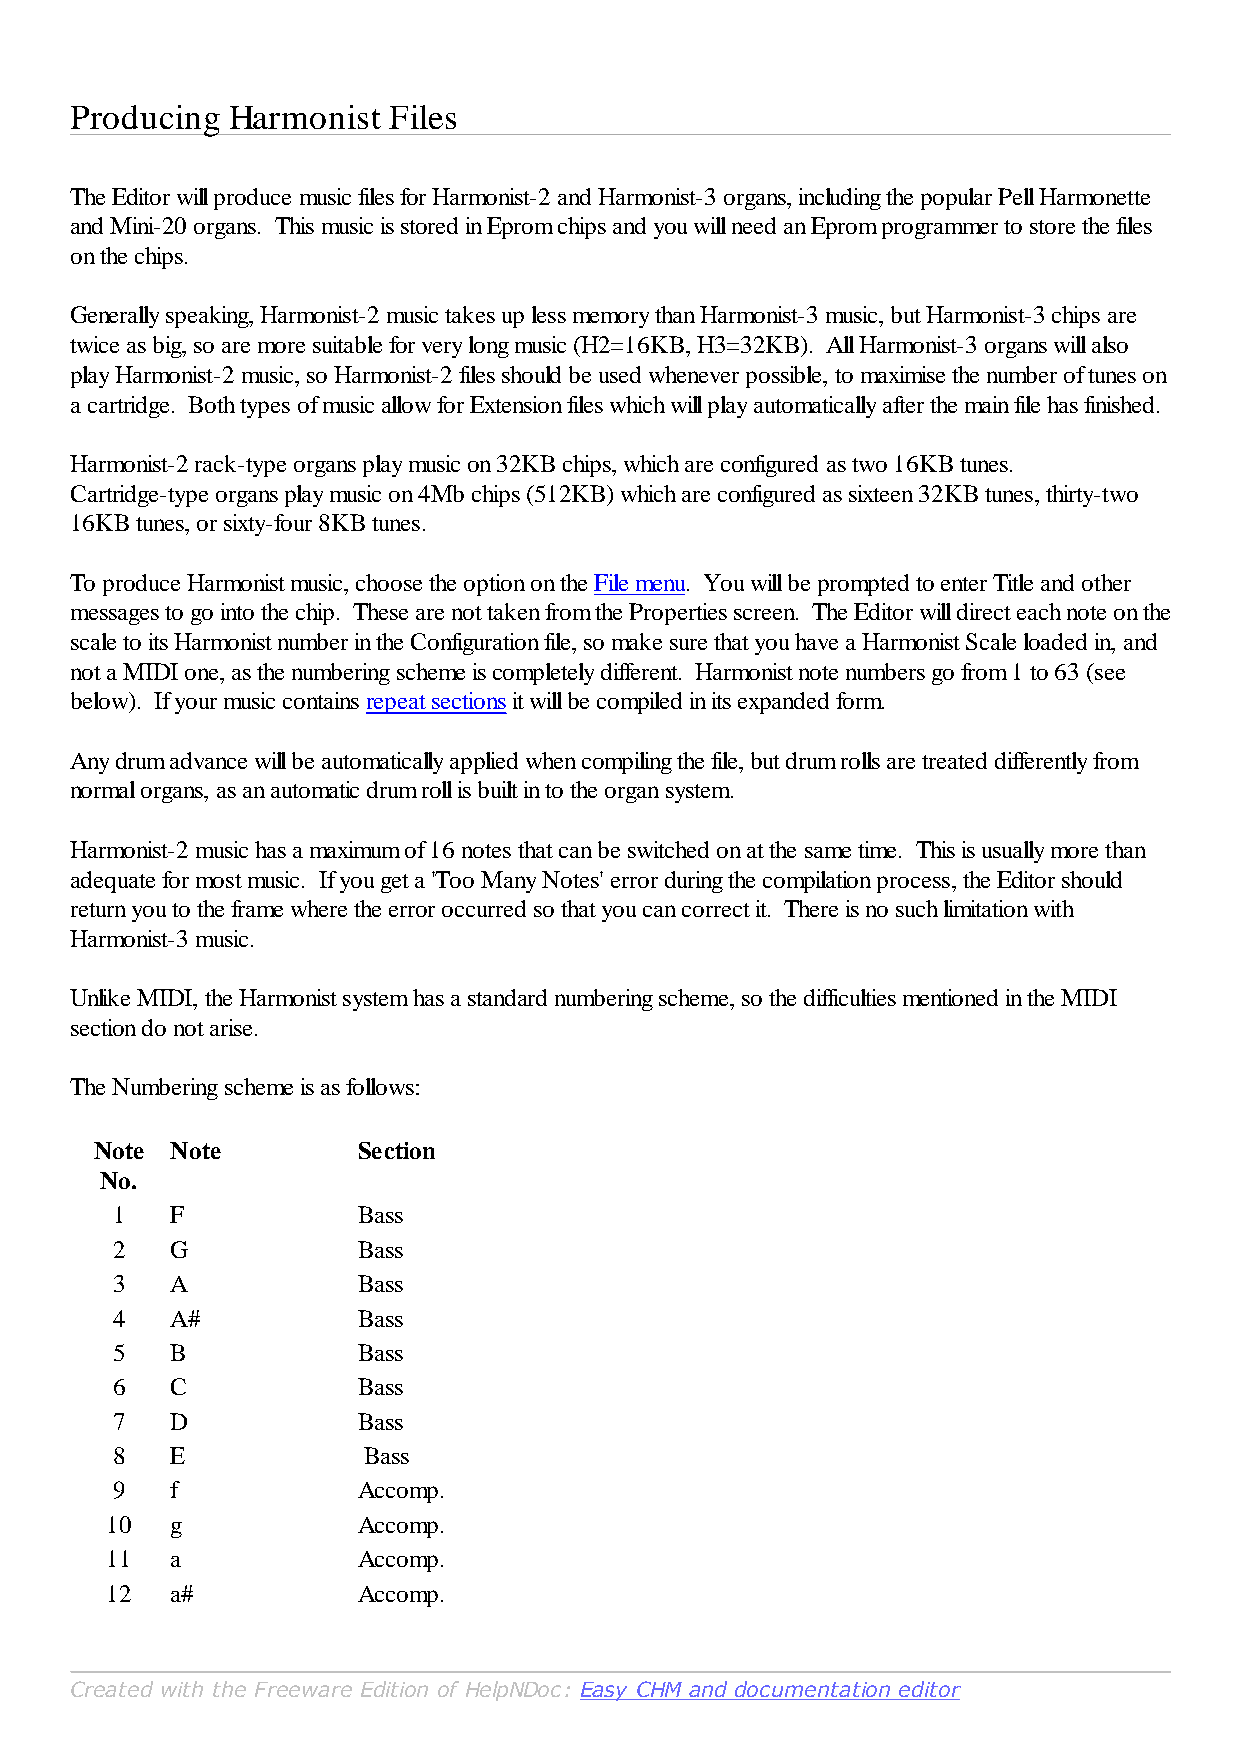
Producing Harmonist  Files
 The Editor will produce music files for Harmonist-2 and Harmonist-3 organs, including the popular Pell Harmonette
 and Mini-20 organs. This music is stored in Eprom chips and you will need an Eprom programmer to store the files
 on the chips.
 Generally speaking, Harmonist-2 music takes up less memory than Harmonist-3 music, but Harmonist-3 chips are
 twice as big, so are more suitable for very long music (H2=16KB, H3=32KB). All Harmonist-3 organs will also
 play Harmonist-2 music, so Harmonist-2 files should be used whenever possible, to maximise the number of tunes on
 a cartridge. Both types of music allow for Extension files which will play automatically after the main file has finished.
 Harmonist-2 rack-type organs play music on 32KB chips, which are configured as two 16KB tunes.
 Cartridge-type organs play music on 4Mb chips (512KB) which are configured as sixteen 32KB tunes, thirty-two
 16KB tunes, or sixty-four 8KB tunes.
 To produce Harmonist music, choose the option on the File menu. You will be prompted to enter Title and other
 messages to go into the chip. These are not taken from the Properties screen. The Editor will direct each note on the
 scale to its Harmonist number in the Configuration file, so make sure that you have a Harmonist Scale loaded in, and
 not a MIDI one, as the numbering scheme is completely different. Harmonist note numbers go from 1 to 63 (see
 below). If your music contains repeat sections it will be compiled in its expanded form.
 Any drum advance will be automatically applied when compiling the file, but drum rolls are treated differently from
 normal organs, as an automatic drum roll is built in to the organ system.
 Harmonist-2 music has a maximum of 16 notes that can be switched on at the same time. This is usually more than
 adequate for most music. If you get a 'Too Many Notes' error during the compilation process, the Editor should
 return you to the frame where the error occurred so that you can correct it. There is no such limitation with
 Harmonist-3 music.
 Unlike MIDI, the Harmonist system has a standard numbering scheme, so the difficulties mentioned in the MIDI
 section do not arise.
 The Numbering scheme is as follows:
 Note Note         Section
 No.
 1   F            Bass
 2   G            Bass
 3   A            Bass
 4   A#           Bass
 5   B            Bass
 6   C            Bass
 7   D            Bass
 8   E            Bass
 9   f            Accomp.
 10  g            Accomp.
 11  a            Accomp.
 12  a#           Accomp.
 Created with the Freeware Edition of HelpNDoc: Easy CHM and documentation editor